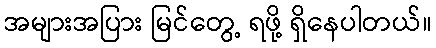
အများအပြား မြင်တွေ့ ရဖို့ ရှိနေပါတယ်။